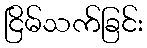
ငြိမ်သက်ခြင်း